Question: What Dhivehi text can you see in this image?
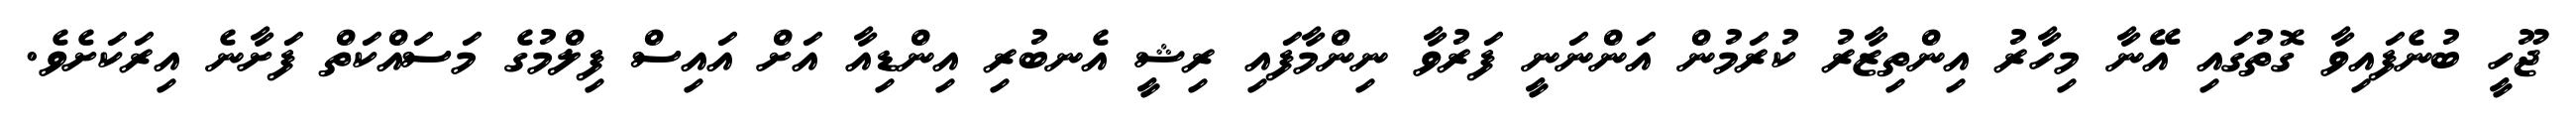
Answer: ޖޫހީ ބުނެފައިވާ ގޮތުގައި އޭނާ މިހާރު އިންތިޒާރު ކުރަމުން އަންނަނީ ފަރުވާ ނިންމާފައި ރިޝީ އެނބުރި އިންޑިއާ އަށް އައިސް ފިލްމުގެ މަސައްކަތް ފަށާނެ އިރަކަށެވެ.